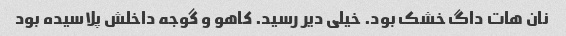
نان هات داگ خشک بود. خیلی دیر رسید. کاهو و گوجه داخلش پلاسیده بود